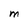
Character: M